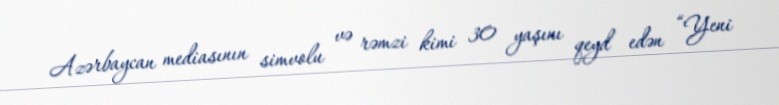
Azərbaycan mediasının simvolu və rəmzi kimi 30 yaşını qeyd edən “Yeni